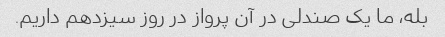
بله، ما یک صندلی در آن پرواز در روز سیزدهم داریم.